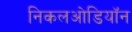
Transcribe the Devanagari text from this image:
निकलओडियॉन